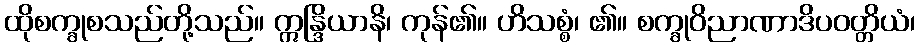
ထိုစက္ခုစသည်တို့သည်။ ဣန္ဒြိယာနိ၊ ကုန်၏။ ဟိသစ္စံ၊ ၏။ စက္ခုဝိညာဏာဒိပဝတ္တိယံ၊